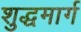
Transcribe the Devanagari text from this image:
शुद्धमार्ग